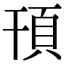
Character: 頇